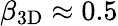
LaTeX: \beta_{\mathrm{3D}}\approx 0.5